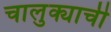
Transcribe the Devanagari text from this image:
चालुक्याची